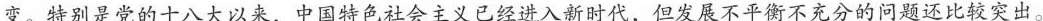
变。特别是党的十八大以来，中国特色社会主义已经进入新时代，但发展不平衡不充分的问题还比较突出。